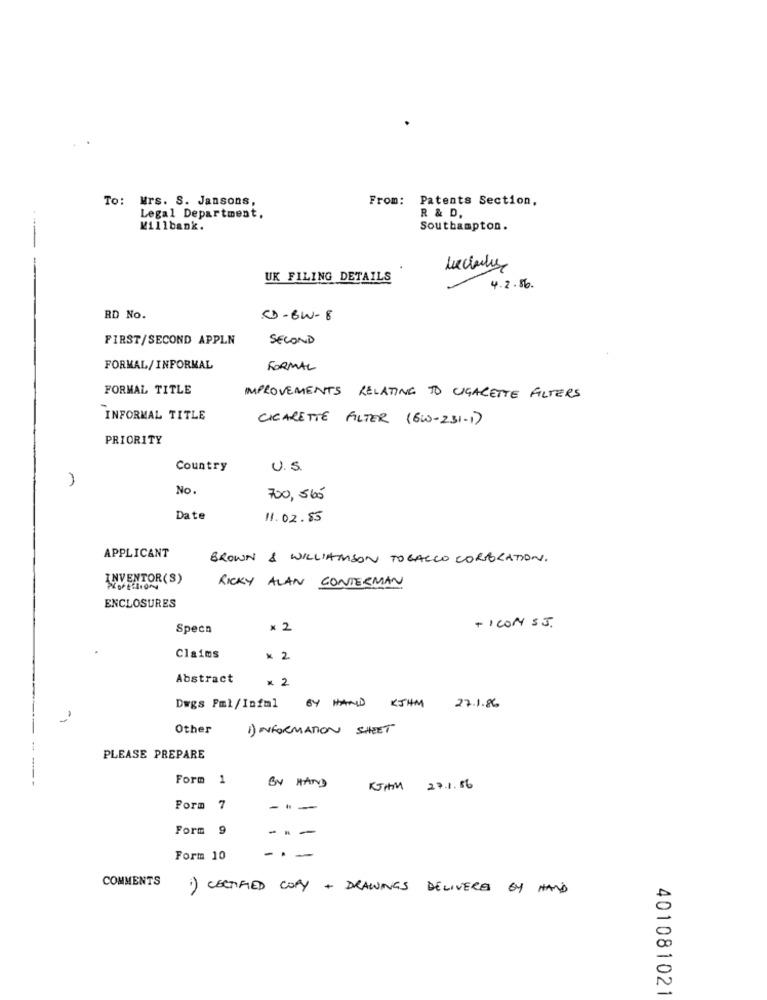
To: Mrs. S. Jansons,
From:
Patents Section,
R & D.
Legal Department.
Killbank.
Southampton.
UK FILING DETAILS
4.2.86.
RD No.
C-BW-8
FIRST/SECOND APPLN
SECOND
FORMAL/INFORMAL
FORMAL
FORMAL TITLE
IMPROVEMENTS RELATING TO CIGARETTE FILTERS
INFORMAL TITLE
CIGARETTE FILTER (6W-231-1)
PRIORITY
Country
U.S.
No.
700, 565
Date
11.02.85
APPLICANT
BROWN & WILLIAMSON TOBACCO CORBCATION.
INVENTOR(S)
RICKY ALAN CONTERMAN
ProfesION
ENCLOSURES
+ ICON SJ.
Specn
× 2
Claims
× 2
Abstract
x 2
Dags Pml / Infal BY HAND KJHM
27.1.86
-
Other
1) INFORMATION SHEET
--
PLEASE PREPARE
Form 1
BY HAND
KJHIM 27.1.86
Form 7
Form 9
-- -
Form 10
COMMENTS
1) CERTIFIED COPY + DRAWINGS DELIVERS BY HAND
401081021